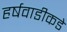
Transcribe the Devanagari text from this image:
हर्षवाडीकडे